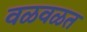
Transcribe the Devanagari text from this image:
वळवळत